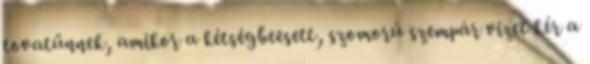
tovatűnnek, amikor a kétségbeesett, szomorú szempár vizet kér a